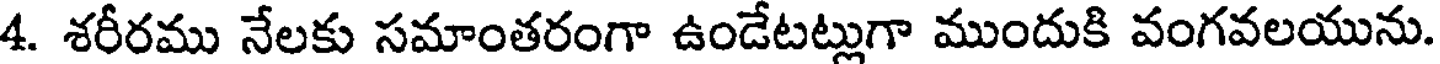
4. శరీరము నేలకు సమాంతరంగా ఉండేటట్లుగా ముందుకి వంగవలయును